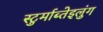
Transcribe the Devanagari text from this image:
स्टुर्माब्तेइलुंग